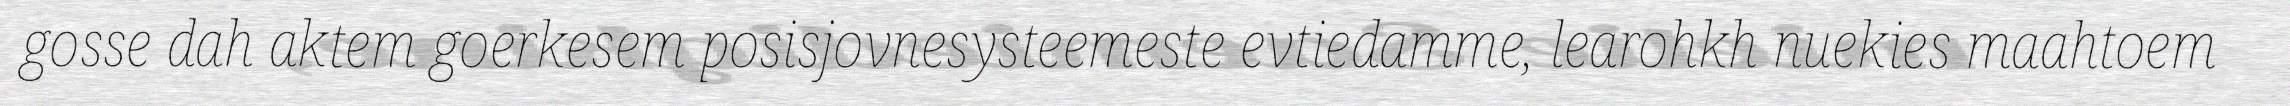
gosse dah aktem goerkesem posisjovnesysteemeste evtiedamme, learohkh nuekies maahtoem